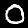
Digit: 0